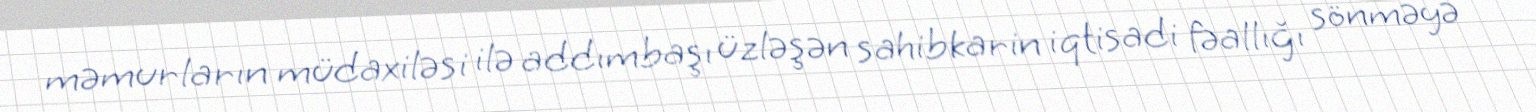
məmurların müdaxiləsi ilə addımbaşı üzləşən sahibkarin iqtisadi fəallığı sönməyə